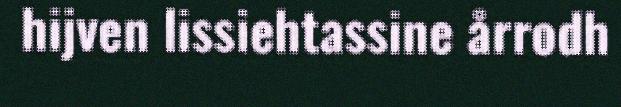
hijven lissiehtassine årrodh